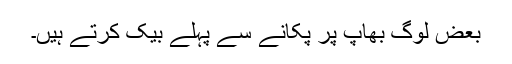
بعض لوگ بھاپ پر پکانے سے پہلے بیک کرتے ہیں۔